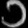
Digit: ၁